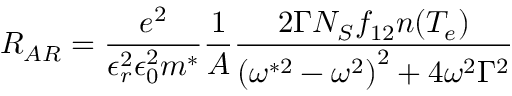
R _ { A R } = \frac { e ^ { 2 } } { \epsilon _ { r } ^ { 2 } \epsilon _ { 0 } ^ { 2 } m ^ { * } } \frac { 1 } { A } \frac { 2 \Gamma N _ { S } f _ { 1 2 } n ( T _ { e } ) } { \left( \omega ^ { * 2 } - \omega ^ { 2 } \right) ^ { 2 } + 4 \omega ^ { 2 } \Gamma ^ { 2 } }